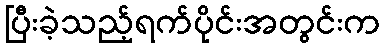
ပြီးခဲ့သည့်ရက်ပိုင်းအတွင်းက